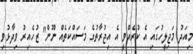
މިއަދު މަޖިލީހުގައި އެ ކުރެއްވީ އެ އިޖުރާތުގެ މަސައްކަތެއް ނޫން" ޒުހެއިރު ވިދާޅުވި